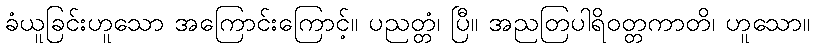
ခံယူခြင်းဟူသော အကြောင်းကြောင့်။ ပညတ္တံ၊ ပြီ။ အညတြပါရိဝတ္တကာတိ၊ ဟူသော။